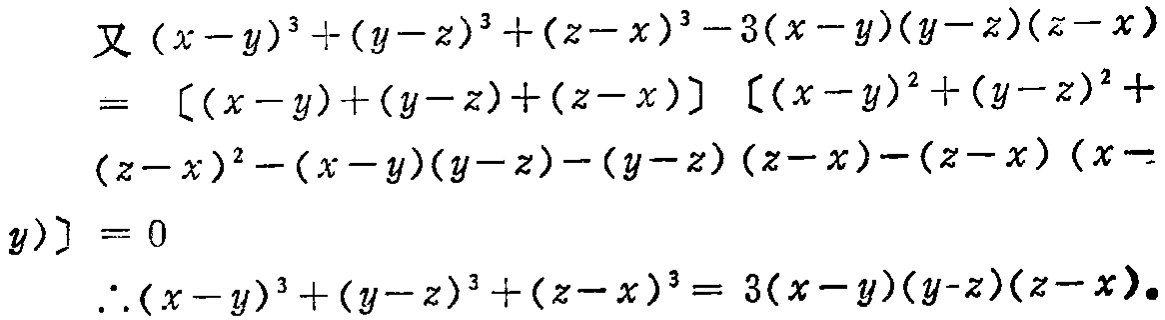
\[
\begin{align*}
&又(x - y)^3 + (y - z)^3 + (z - x)^3 - 3(x - y)(y - z)(z - x)\\
=&[(x - y)+(y - z)+(z - x)][(x - y)^2+(y - z)^2+\\
&(z - x)^2-(x - y)(y - z)-(y - z)(z - x)-(z - x)(x - y)] = 0\\
&\therefore(x - y)^3 + (y - z)^3 + (z - x)^3 = 3(x - y)(y - z)(z - x)
\end{align*}
\]